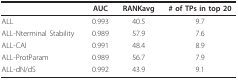
<table><thead><tr><td></td><td><b>AUC</b></td><td><b>RANKavg</b></td><td><b># of TPs in top 20</b></td></tr></thead><tbody><tr><td>ALL</td><td>0.993</td><td>40.5</td><td>9.7</td></tr><tr><td>ALL-Nterminal Stability</td><td>0.989</td><td>57.9</td><td>7.6</td></tr><tr><td>ALL-CAI</td><td>0.991</td><td>48.4</td><td>8.9</td></tr><tr><td>ALL-ProtParam</td><td>0.989</td><td>56.7</td><td>7.9</td></tr><tr><td>ALL-dN/dS</td><td>0.992</td><td>43.9</td><td>9.1</td></tr></tbody></table>